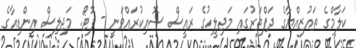
ކަލާމްގެ ތައުޒިއްޔާގެ ދަފްތަރުގައި މަޖިލީހުގެ ރައީސް ސޮއިކުރައްވަނީ - ފޮޓޯ: މަޖިލިސް އިންޑިއާގެ